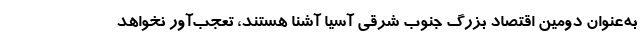
به‌عنوان دومین اقتصاد بزرگ جنوب شرقی آسیا آشنا هستند، تعجب‌آور نخواهد